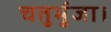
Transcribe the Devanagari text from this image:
चतुर्भुजा।